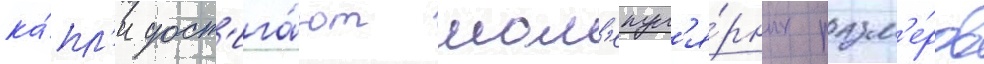
ка́пл'и дост'ига́ют мол'екул'я́рных разм'е́ров